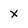
Character: x